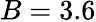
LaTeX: B=3.6